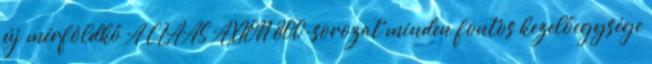
új mérföldkő A CLAAS AXION 800-sorozat minden fontos kezelőegysége